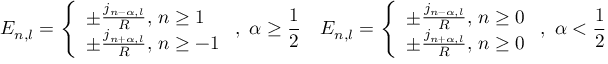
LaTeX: E _ { n , l } = \left\{ \begin{array} { l } { { \pm \frac { j _ { n - \alpha , l } } { R } , \, n \geq 1 } } \\ { { \pm \frac { j _ { n + \alpha , l } } { R } , \, n \geq - 1 } } \end{array} \right. , \, \, \alpha \geq \frac { 1 } { 2 } \quad E _ { n , l } = \left\{ \begin{array} { l } { { \pm \frac { j _ { n - \alpha , l } } { R } , \, n \geq 0 } } \\ { { \pm \frac { j _ { n + \alpha , l } } { R } , \, n \geq 0 } } \end{array} \right. , \, \, \alpha < \frac { 1 } { 2 }